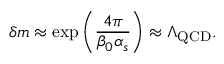
\delta m \approx \exp \left( \frac { 4 \pi } { \beta _ { 0 } \alpha _ { s } } \right) \approx \Lambda _ { \mathrm { Q C D } } .